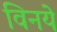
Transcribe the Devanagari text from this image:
विनये